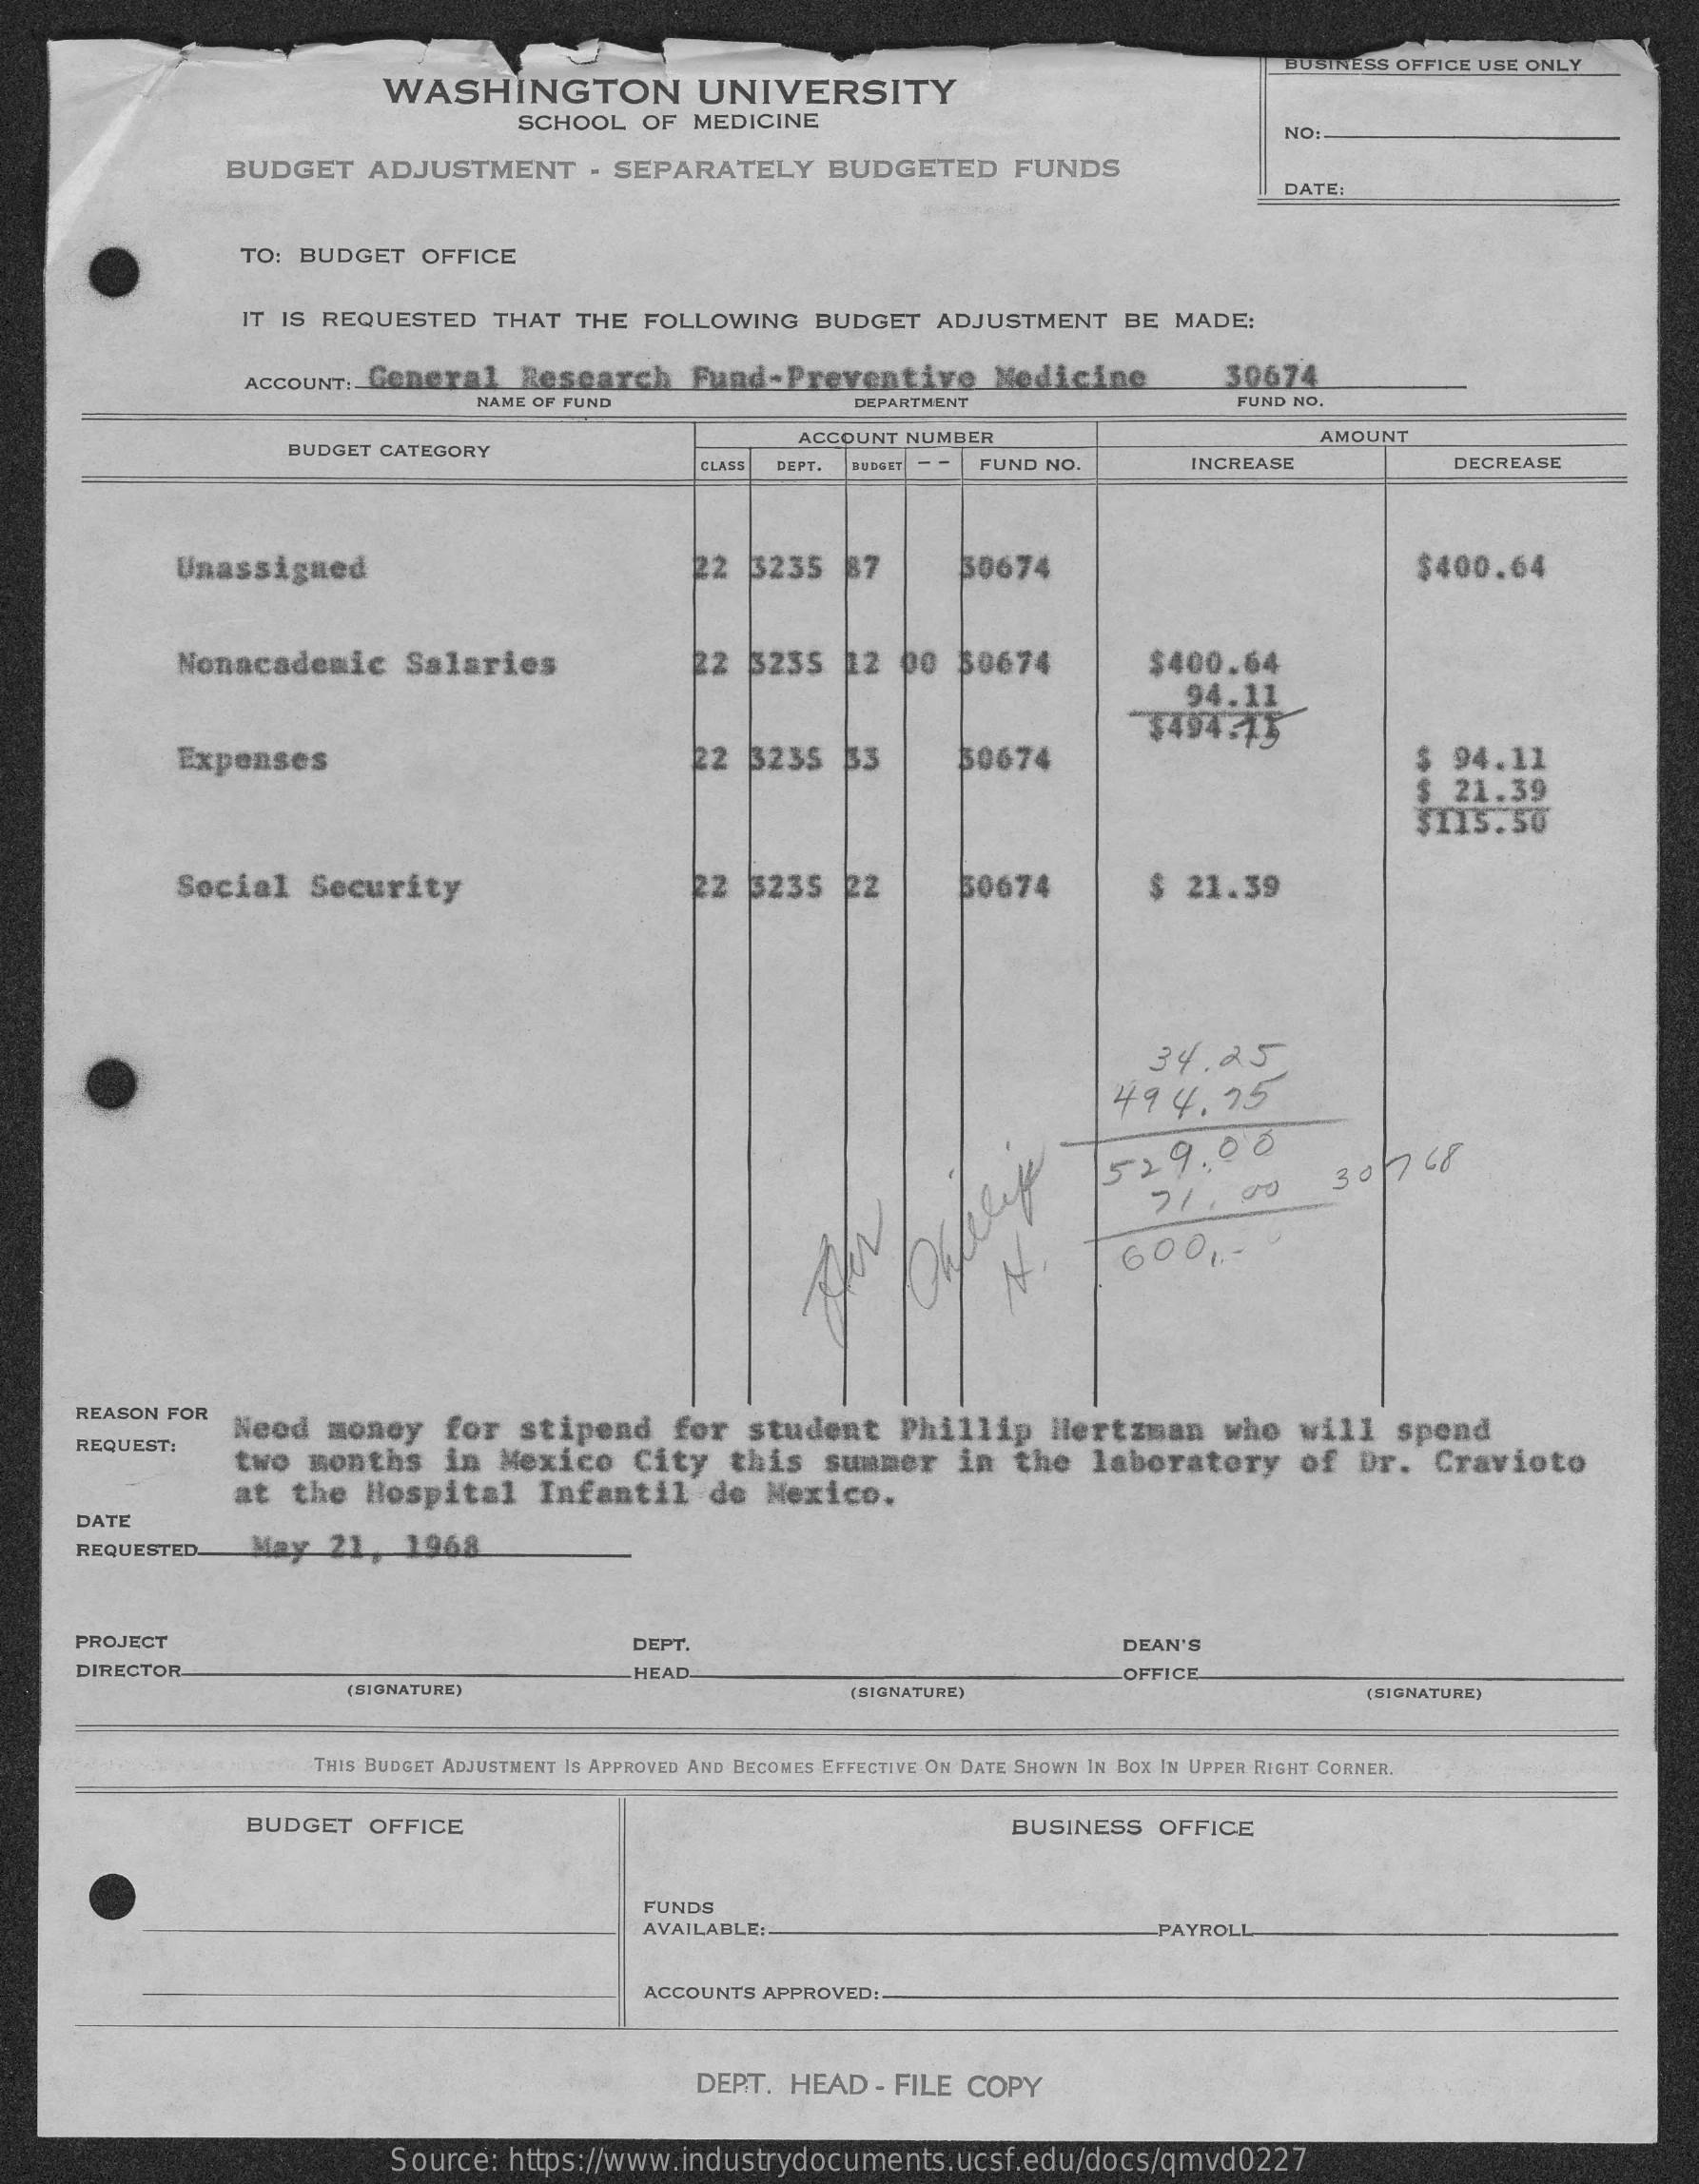
WASHINGTON    UNIVERSITY
     BUSINESS OFFICE USE ONLY
     SCHOOL    OF  MEDICINE
     NO:
     BUDGET    ADJUSTMENT    - SEPARATELY    BUDGETED    FUNDS
     DATE:
     TO: BUDGET    OFFICE
     IT IS REQUESTED    THAT   THE  FOLLOWING    BUDGET   ADJUSTMENT    BE  MADE:
     ACCOUNT:  General    Research    Fund-Preventive    Medicine    30674
     NAME OF FUND    DEPARTMENT    FUND NO.
     BUDGET CATEGORY
     ACCOUNT NUMBER    AMOUNT
     CLASS DEPT. BUDGET    FUND NO.    INCREASE    DECREASE
     Unassigned    22  3235    87    30674    $400.64
     Nonacademic    Salaries    22  3235   12  00   50674    $400.64
     94.11
     "$494715
     Expenses    22  3235   33    50674    $ 94.11
     $  21.39
     $115.50
     Social    Security    22   5235   22    50674    $  21.39
     34.25
     494.    75
     529.00
     71.00    30   768
     600    ,-
     REASON FOR
     Need   money    for   stipend    for   student    Phillip    Hertzman    who   will    spend
     REQUEST:
     two   months    in  Mexico    City   this    summer    in  the   laboratory    of   Dr.   Cravioto
     at   the  Hospital    Infantil    de  Mexico.
     DATE
     REQUESTED    May   21,   1968
     PROJECT    DEPT.    DEAN'S
     DIRECTOR    HEAD
     (SIGNATURE)    (SIGNATURE)
     OFFICE
     (SIGNATURE)
     THIS BUDGET ADJUSTMENT IS APPROVED AND BECOMES EFFECTIVE ON DATE SHOWN IN BOX IN UPPER RIGHT CORNER.
     BUDGET    OFFICE    BUSINESS    OFFICE
     FUNDS
     AVAILABLE :-    PAYROLL
     ACCOUNTS APPROVED :-
     DEPT.  HEAD   - FILE COPY
     Source:  https://www.industrydocuments.ucsf.edu/docs/qmvd0227